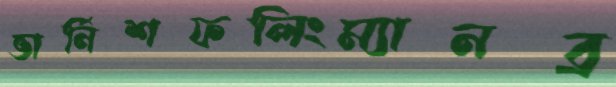
ভার্নিশফলিংম্যানব্র